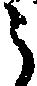
う